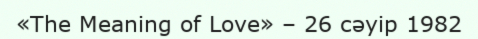
«The Meaning of Love» – 26 сәуір 1982